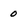
Character: 0